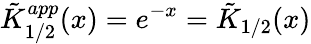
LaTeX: \tilde{K}_{1/2}^{app}(x)=e^{-x}=\tilde{K}_{1/2}(x)